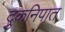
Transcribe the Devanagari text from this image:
दुकनिपात